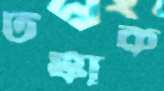
টস্‌কাক